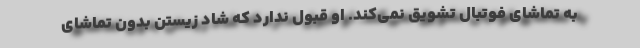
به تماشای فوتبال تشویق نمی‌کند. او قبول ندارد که شاد زیستن بدون تماشای